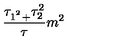
\frac { \tau _ { 1 ^ { ^ { 2 } } + } \tau _ { 2 } ^ { 2 } } { \tau } m ^ { 2 }